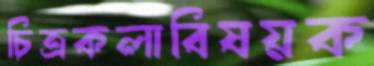
চিত্রকলাবিষয়ক